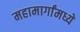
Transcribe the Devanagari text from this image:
महामार्गांमध्ये